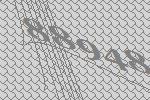
88948